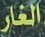
الغار